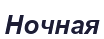
Ночная